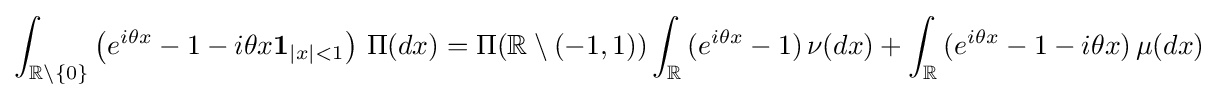
\int _{\mathbb {R} \setminus \{0\}}{\left(e^{i\theta x}-1-i\theta x\mathbf {1} _{|x|<1}\right)\,\Pi (dx)}=\Pi (\mathbb {R} \setminus (-1,1))\int _{\mathbb {R} }{(e^{i\theta x}-1)\,\nu (dx)}+\int _{\mathbb {R} }{(e^{i\theta x}-1-i\theta x)\,\mu (dx)}